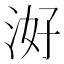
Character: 𭰕